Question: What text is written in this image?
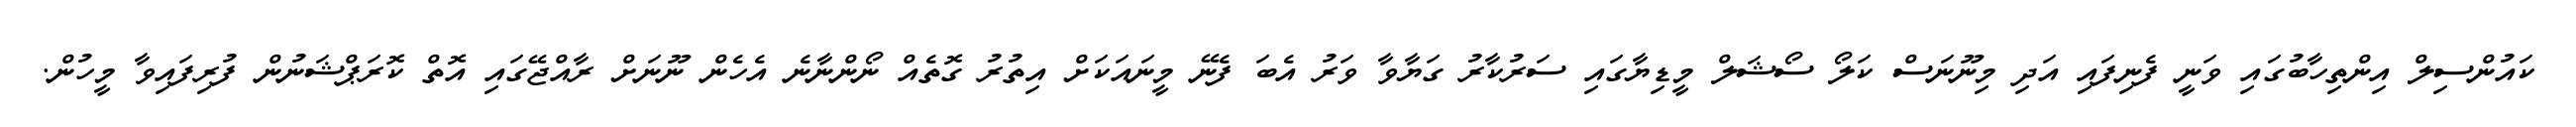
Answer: ކައުންސިލް އިންތިހާބުގައި ވަނީ ފެނިފައި އަދި މިނޫނަސް ކަލޯ ސޯޝަލް މީޑިޔާގައި ސަރުކާރު ގަޔާވާ ވަރު އެބަ ފެނޭ މީނައަކަށް އިތުރު ގޮތެއް ނޯންނާނެ އެހެން ނޫނަށް ރާއްޖޭގައި އޮތް ކޮރަޕްޝަނުން ފުރިފައިވާ މީހުން.